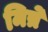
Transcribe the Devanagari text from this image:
मित्रे